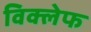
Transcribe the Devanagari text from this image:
विक्लेफ